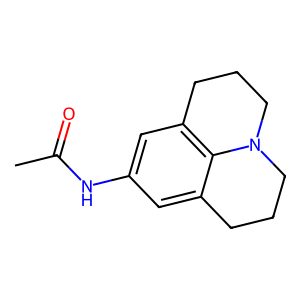
SMILES: CC(=O)Nc1cc2c3c(c1)CCCN3CCC2
Inhibits HIV replication: No